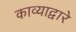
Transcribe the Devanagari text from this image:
काव्याद्वारे